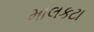
માલકટા